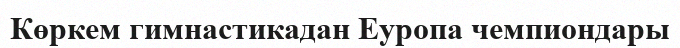
Көркем гимнастикадан Еуропа чемпиондары